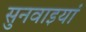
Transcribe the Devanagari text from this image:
सुनवाइयां